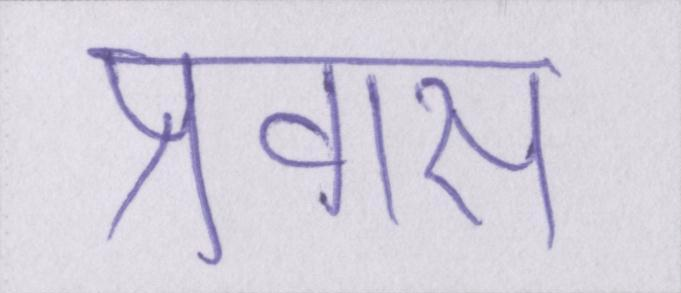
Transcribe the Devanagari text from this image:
प्रवास